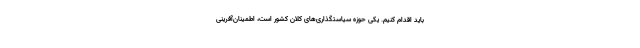
باید اقدام کنیم. یکی حوزه سیاستگذاری‌های کلان کشور است، اطمینان‌آفرینی